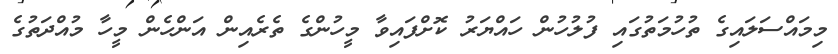
މިމައްސަލައިގެ ތުހުމަތުގައި ފުލުހުން ހައްޔަރު ކޮށްފައިވާ މީހުންގެ ތެރެއިން އަންހެން މީހާ މުއްދަތުގެ